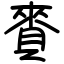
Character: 賚